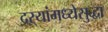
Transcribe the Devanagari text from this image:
दऱ्यांमध्येसुद्धा